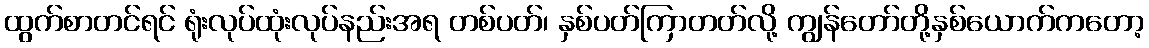
ထွက်စာတင်ရင် ရုံးလုပ်ထုံးလုပ်နည်းအရ တစ်ပတ်၊ နှစ်ပတ်ကြာတတ်လို့ ကျွန်တော်တို့နှစ်ယောက်ကတော့